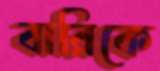
বারিকে